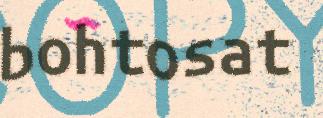
bohtosat